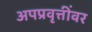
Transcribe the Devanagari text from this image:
अपप्रवृत्तींवर